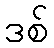
ဒစ်